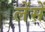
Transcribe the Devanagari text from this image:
लेंसें